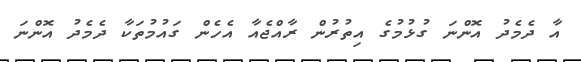
އާ ދެމެދު އޮންނަ ގުޅުމުގެ އިތުރުން ރާއްޖެއާ އެހެން ގައުމުތަކާ ދެމެދު އޮންނަ